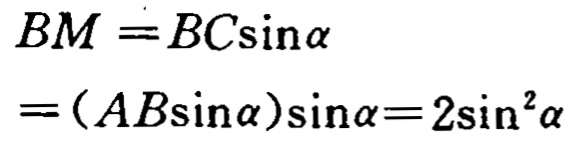
\[
\begin{align*}
BM&=BC\sin\alpha\\
&=(AB\sin\alpha)\sin\alpha = 2\sin^{2}\alpha
\end{align*}
\]